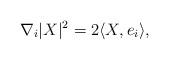
LaTeX: \begin{align*}\nabla_{i}|X|^{2}=2\langle X,e_{i}\rangle,\end{align*}